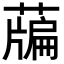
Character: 𦽃